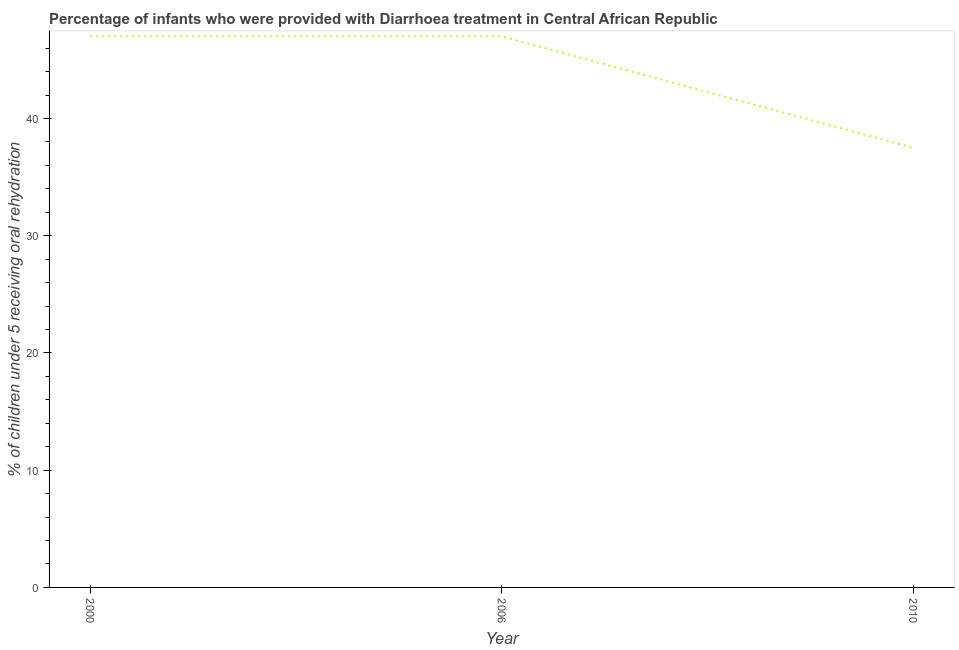
| Year | Diarrhea treatment |
 | --- | --- |
 | 2000 | 47 |
 | 2006 | 47 |
 | 2010 | 37.5 |